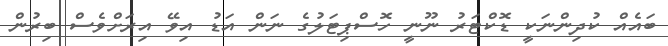
ބައެއް ކުދިންނަކީ ޑޮކްޓަރު ނޫނީ ހޮސްޕިޓަލުގެ ނަން އަޑު އިވޭ އިރަށްވެސް ބިރުން